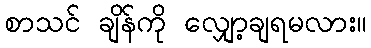
စာသင် ချိန်ကို လျှော့ချရမလား။